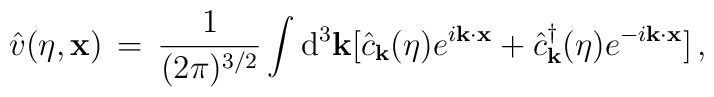
{\hat v}(\eta ,{\bf x}) \, = \, \frac{1}{(2\pi )^{3/2}}\int {\rm d}^3{\bf k} [{\hat c}_{\bf k}(\eta )e^{i {\bf k} \cdot {\bf x}} +{\hat c}^{\dagger}_{\bf k}(\eta )e^{-i {\bf k} \cdot {\bf x}}] \, ,